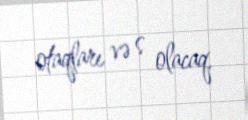
otaqları və s olacaq.